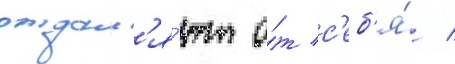
отдал'я́ют о́т с'еб'я́ /